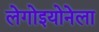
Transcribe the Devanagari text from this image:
लेगोइयोनेला